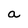
Character: a